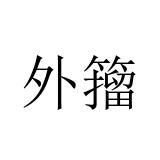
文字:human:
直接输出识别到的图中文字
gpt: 外籀